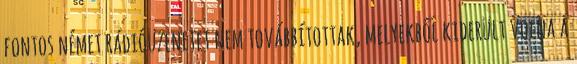
fontos német rádióüzenetet nem továbbítottak, melyekből kiderült volna a